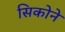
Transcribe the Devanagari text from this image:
सिकोने